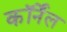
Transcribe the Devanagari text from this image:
कॉर्नेंल